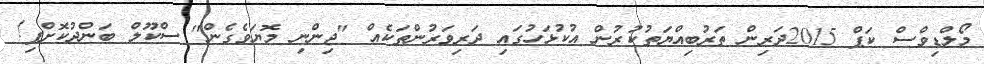
މޯލްޑިވްސް ކަޕް 2015ދަރިން ތަރުބިއްޔަތުކުރުން އުކުޅަހުގައި ދަރިވަރުންތަކެއް "ޖިންނި މޮޔަވެގެން" ސްކޫލް ބަންދުކޮށްފި!